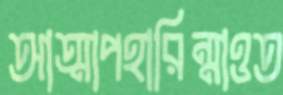
আত্মাপহারিন্মাওত